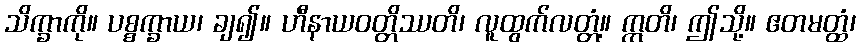
သိက္ခာကို။ ပစ္စက္ခာယ၊ ချ၍။ ဟီနာယဝတ္တိဿတိ၊ လူထွက်လတ္တံ့။ ဣတိ၊ ဤသို့။ ဧတမတ္ထံ၊